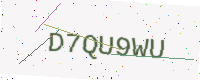
Text: D7QU9WU